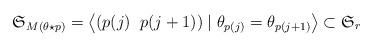
LaTeX: \begin{align*}\mathfrak S_{M(\theta \star p)}=\left\langle(p(j)\;\; p(j+1))\; | \; \theta _{p(j)}=\theta _{p(j+1)}\right\rangle \subset \mathfrak S_r\end{align*}